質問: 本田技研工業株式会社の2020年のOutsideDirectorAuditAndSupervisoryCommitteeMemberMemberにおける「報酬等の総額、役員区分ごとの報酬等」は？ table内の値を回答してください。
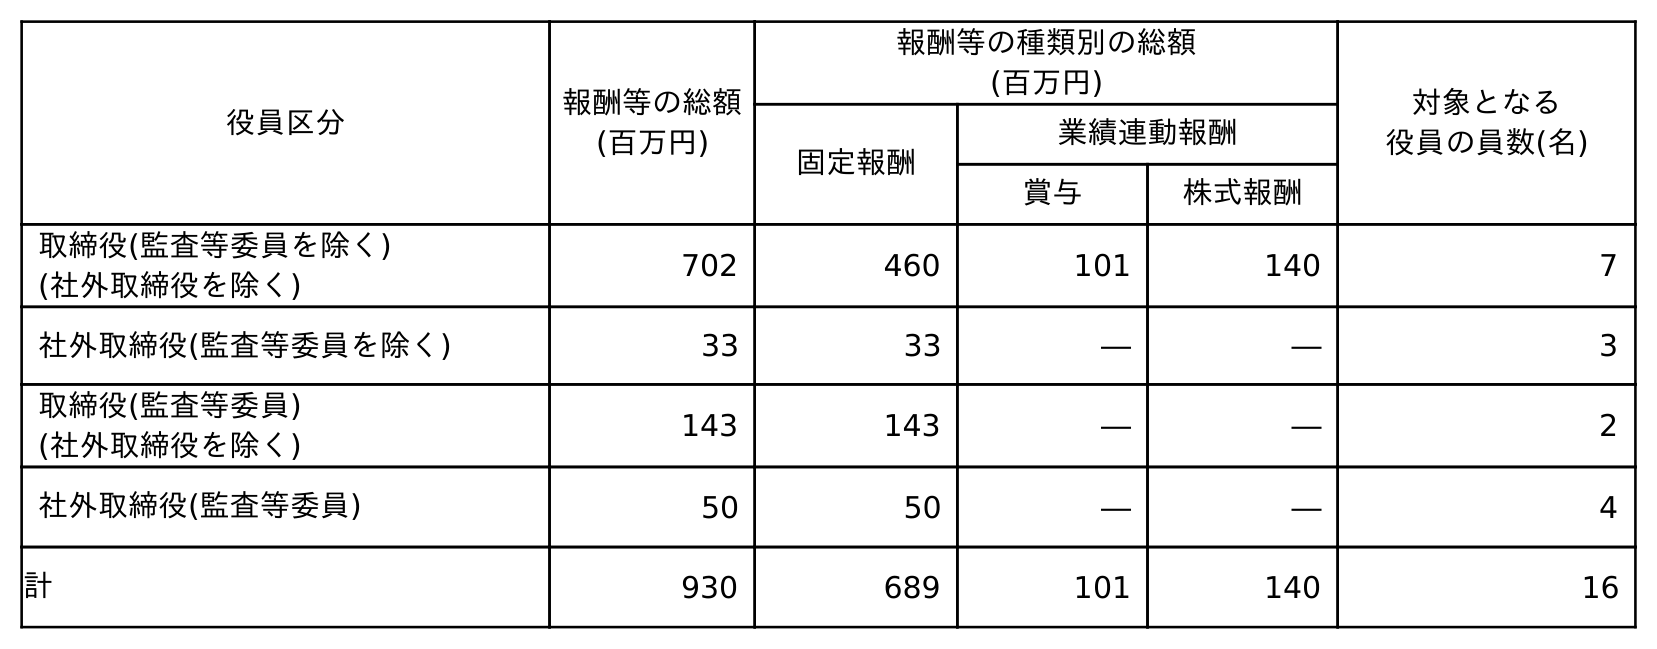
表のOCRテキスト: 役員区分 報酬等の総額 (百万円) 報酬等の種類別の総額 (百万円) 対象となる 役員の員数(名) 固定報酬 業績連動報酬 賞与 株式報酬 取締役(監査等委員を除く) (社外取締役を除く) 702 460 101 140 7 社外取締役(監査等委員を除く) 33 33 ― ― 3 取締役(監査等委員) (社外取締役を除く) 143 143 ― ― 2 社外取締役(監査等委員) 50 50 ― ― 4 計 930 689 101 140 16
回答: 50